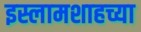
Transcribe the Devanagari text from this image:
इस्लामशाहच्या